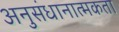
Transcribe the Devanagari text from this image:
अनुसंधानात्मकता